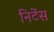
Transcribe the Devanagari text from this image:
निटेंस